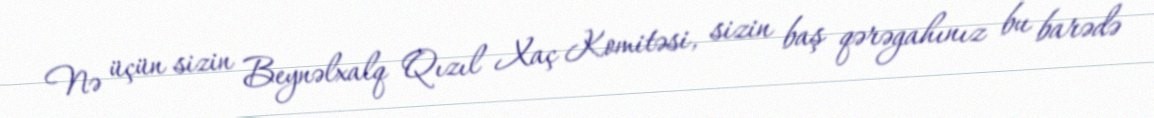
Nə üçün sizin Beynəlxalq Qızıl Xaç Komitəsi, sizin baş qərəgahınız bu barədə